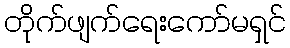
တိုက်ဖျက်ရေးကော်မရှင်